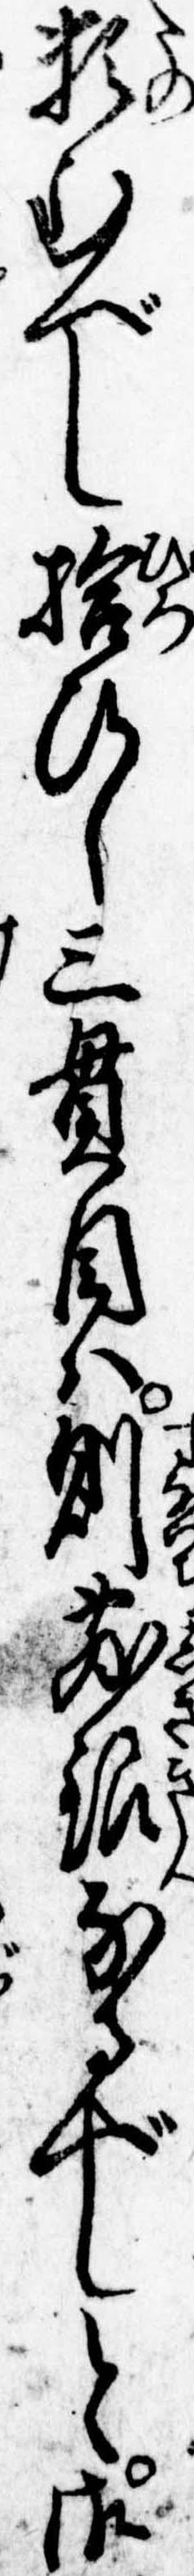
頼むべし拾ひし三貫目は則敷銀なるべしと御